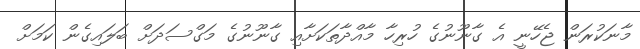
މާނަކުރަން ޖެހޭނީ އެ ގާނޫނުގެ ހުރިހާ މާއްދާތަކަށާއި ގާނޫނުގެ މަގްސަދަށް ބަލައިގެން ކަމަށް